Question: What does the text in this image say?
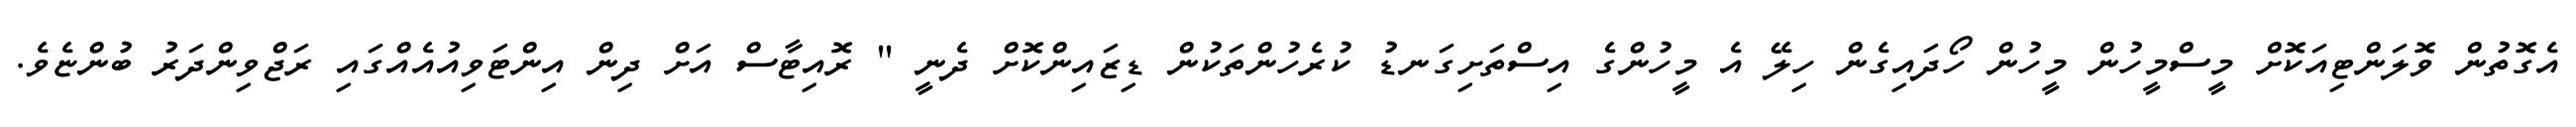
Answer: އެގޮތުން ވޮލަންޓިއަކޮށް މީސްމީހުން މީހުން ހޯދައިގެން ހިލޭ އެ މީހުންގެ އިސްތަށިގަނޑު ކުރެހުންތަކުން ޑިޒައިންކޮށް ދެނީ " ރޮއިޓާސް އަށް ދިން އިންޓަވިއުއެއްގައި ރަޖްވިންދަރު ބުންޏެވެ.